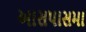
આસપાસમા